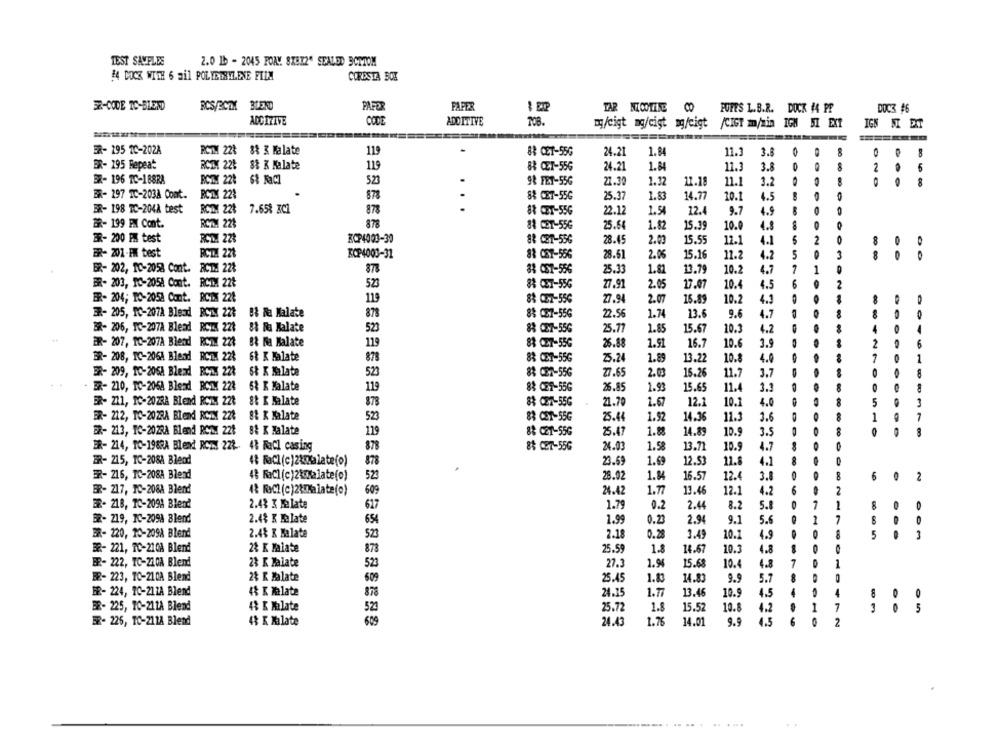
TEST SAMPLES
2.0 1b - 2045 FOAM. 8X972" SEALED BOTTOM
#4 DOCK WITH 6 mil POLYETHYLENE FILM
CORESTA BOX
RCS/ECTX BEND
3R-CODE TC-BLEND
PAFOR
TAR NICOTINE CO
POPES L.B.R. DOCK #4 PP
DOCS #6
ADDITIVE
CODE
708.
ADDITIVE
my/cigt mg/cigt mg/cigt /CIGT m/min IGN 5I EXT
IGN NEXT
ER- 195 1C-202A
PCTM 22%
PCT. 224 88 3 Malate
119
88 CET-55G
24.21
1.84
11.3
3.8
8
DO
ER- 195 Repeat
RCD! 221
S& K Malate
119
1.84
8
88 CET-556
24.21
11.3
3.8
2
BR- 196 TC-18828
RCTX 221
S& FaCI
98 FET-55G
21.30
1.32
8
523
11.18
11.1
3.2
8
ER- 297 1C-2038 Cont.
RCTM 221
.
878
88 CET-55G
25.37
1.83
14.77
4.5
..
10.1
ER- 198 TC-2048 test
RCDMY 224
7.65% zC1
878
88 CET-55G
22.12
12.4
4.5
1.54
9.7
ER- 199 FM Cont.
RCT.1 22%
878
81 CET-55G
25.64
1.82
15.39
10.0
4.
BR- 200 PM test
RCD. 228
BCP4003-30
88 CET-55G
28.45
2.03
15.55
12.1
4.1
5
2
8
ER- 201-FM best
RCTH 221
KOP4003-31
83 CET-556
28.61
2.06
15.16
11.2
4.2
5
3
ER- 202, IC-2058 Cont. RCI. 22%
87%
38 CS7-556
25.33
1.8
13.79
10.2
4.7
7
1
ER- 203, FC-2058 Cont. RCTM 22%
523
83 CET-556
27.91
2.05
17.0
10.
4.5
6
2
ER- 204; PO-2058 Cont. RCIX 221
119
8& CET-556
27.94
2.07
15.8
10.2
4.1
-
ER- 205, PC-207A Blend BCT 224
B& Ra Malate
878
88 CE7-55G
22.56
1.74
13.
9.6
4.7
ER- 206, TC-207A Blead RCE 221 88 Ra Malate
523
88 C27-556
25.77
1.85
15.67
10.3
4.7
ER- 207, 10-207A Blend RCIX 223
B& Ma Halate
119
83 C27-556
26.88
1.91
16.7
10.6
3.9
2
6
BR- 208, IC-2064 Blend RCI: 228
68 K Malate
878
83 CET-55G
25.24
1.89
13.22
10.8
4.0
7
1
ER- 209, 10-205A Blexd BCTX 22%
6& K Malate
523
88 CET-556
27.65
2.03
15.26
11.7
3.7
. ER- 210, 10-205A Blend RCMX 224 6& R Malate
119
88 CET-55G
26.85
1.93
15.65
11.4
ER- 211, IC-2023A Blend RCTX 228
S& K Halate
878
8 CET-55G
21.70
1.67
12.1
10.1
4.0
8
5
3
ER- 212, TO-2028A Blend RCZY 224 8& K Malate
523
83 CET-55G
25.44
1.92
14.36
11.3
3.6
1
BR- 213, IC-2028A Blend RCM 228
8& K Halate
119
88 CET-55G
25.47
1.88
14.89
10.9
3.5
ER- 214, 10-1988A Blend RCIN 228.
48 NaCl casing
878
& CE7-556
24.03
1.58
13.71
10.9
4.7
0 0
ER- 215, TC-208A Blend
48 FaCl (c)2&malate(o)
878
23.69
1.69
12.53
11.8
4.1
ER- 216, IC-208A Blend
48 RaCl (c)2kmNalate(o)
523
28.02
1.84
16.57
12.4
3.
8
2
ER- 217, IC-208A Blend
4& RaCl (c)23malate(o)
609
24.42
1.77
13.46
12.1
4.2
2
ER- 218, IC-2098 Blend
2.43 3 Malate
617
1.79
0.2
2.44
8.2
5.1
1
8
BR- 219, IC-209A Blend
2.4% K Malate
654
1.99
0.23
2.94
9.1
5.6
1
-
BR- 220, 10-209A Blend
2.4% K Balate
523
2.18
0.28
3.49
10.1
4.9
5
32- 221, TC-210A Blend
1.8
2& K Malate
878
25.59
14.67
10.3
4.8
ER- 222, TC-210A Blend
2% K Malate
27.3
10.4
4.8
7
523
1.94
15.68
1
BR- 223, TO-210A Blend
2% R Zalate
25.45
5.7
609
1.8
14.83
9.9
BR- 224, 10-212A Blend
4& K Malate
878
24.15
1.77
13.46
10.9
4.5
4
32- 225, 10-211A Blend
43 K Malate
25.72
1.
15.52
10.8
4.2
1
7
5
520
ER- 226, TO-211A Blend
4% K Malate
24.43
1.76
14.01
9.9
4.5
0
2